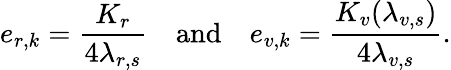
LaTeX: e_{r,k}=\frac{K_{r}}{4\lambda_{r,s}}\quad\mathrm{and}\quad e_{v,k}=\frac{K_{v}(\lambda_{v,s})}{4\lambda_{v,s}}.